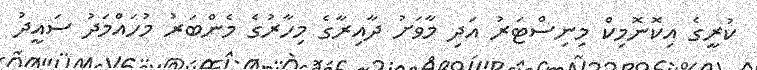
ކުރީގެ އިކޮނޮމިކް މިނިސްޓަރު އަދި މާވަށު ދާއިރާގެ މިހާރުގެ މެންބަރު މުހައްމަދު ސައީދު